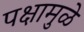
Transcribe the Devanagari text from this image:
पक्षामुळे